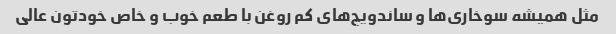
مثل همیشه سوخاری‌ها و ساندویچ‌های کم روغن با طعم خوب و خاص خودتون عالی